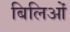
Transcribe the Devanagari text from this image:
बिलिओं